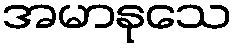
အမာနုသေ